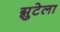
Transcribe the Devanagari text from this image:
ग्नुटेला